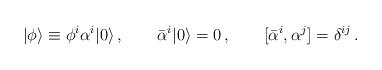
LaTeX: \begin{align*}|\phi\rangle\equiv \phi^i\alpha^i|0\rangle\,,\qquad\bar{\alpha}^i|0\rangle=0\,,\qquad[\bar{\alpha}^i,\alpha^j]=\delta^{ij}\,.\end{align*}